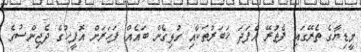
މީޑިޔާގެ ތެރޭގައި ފެތުރޭ އެފަދަ ޚަބަރުތަކާއި ގުޅިގެން ބައެއް ފަހަރަށް އޮފީހުގެ ދެޖިންސުގެ